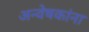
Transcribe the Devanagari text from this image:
अन्वेषकांना